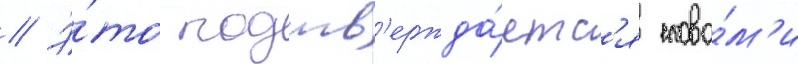
// Э́то подтв'ержда́етс'я слова́м'и